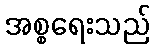
အစ္စရေးသည်